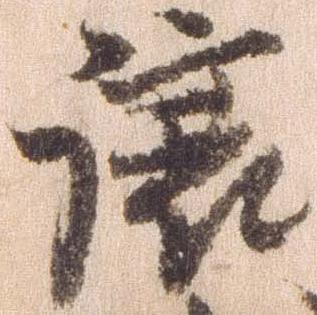
譲